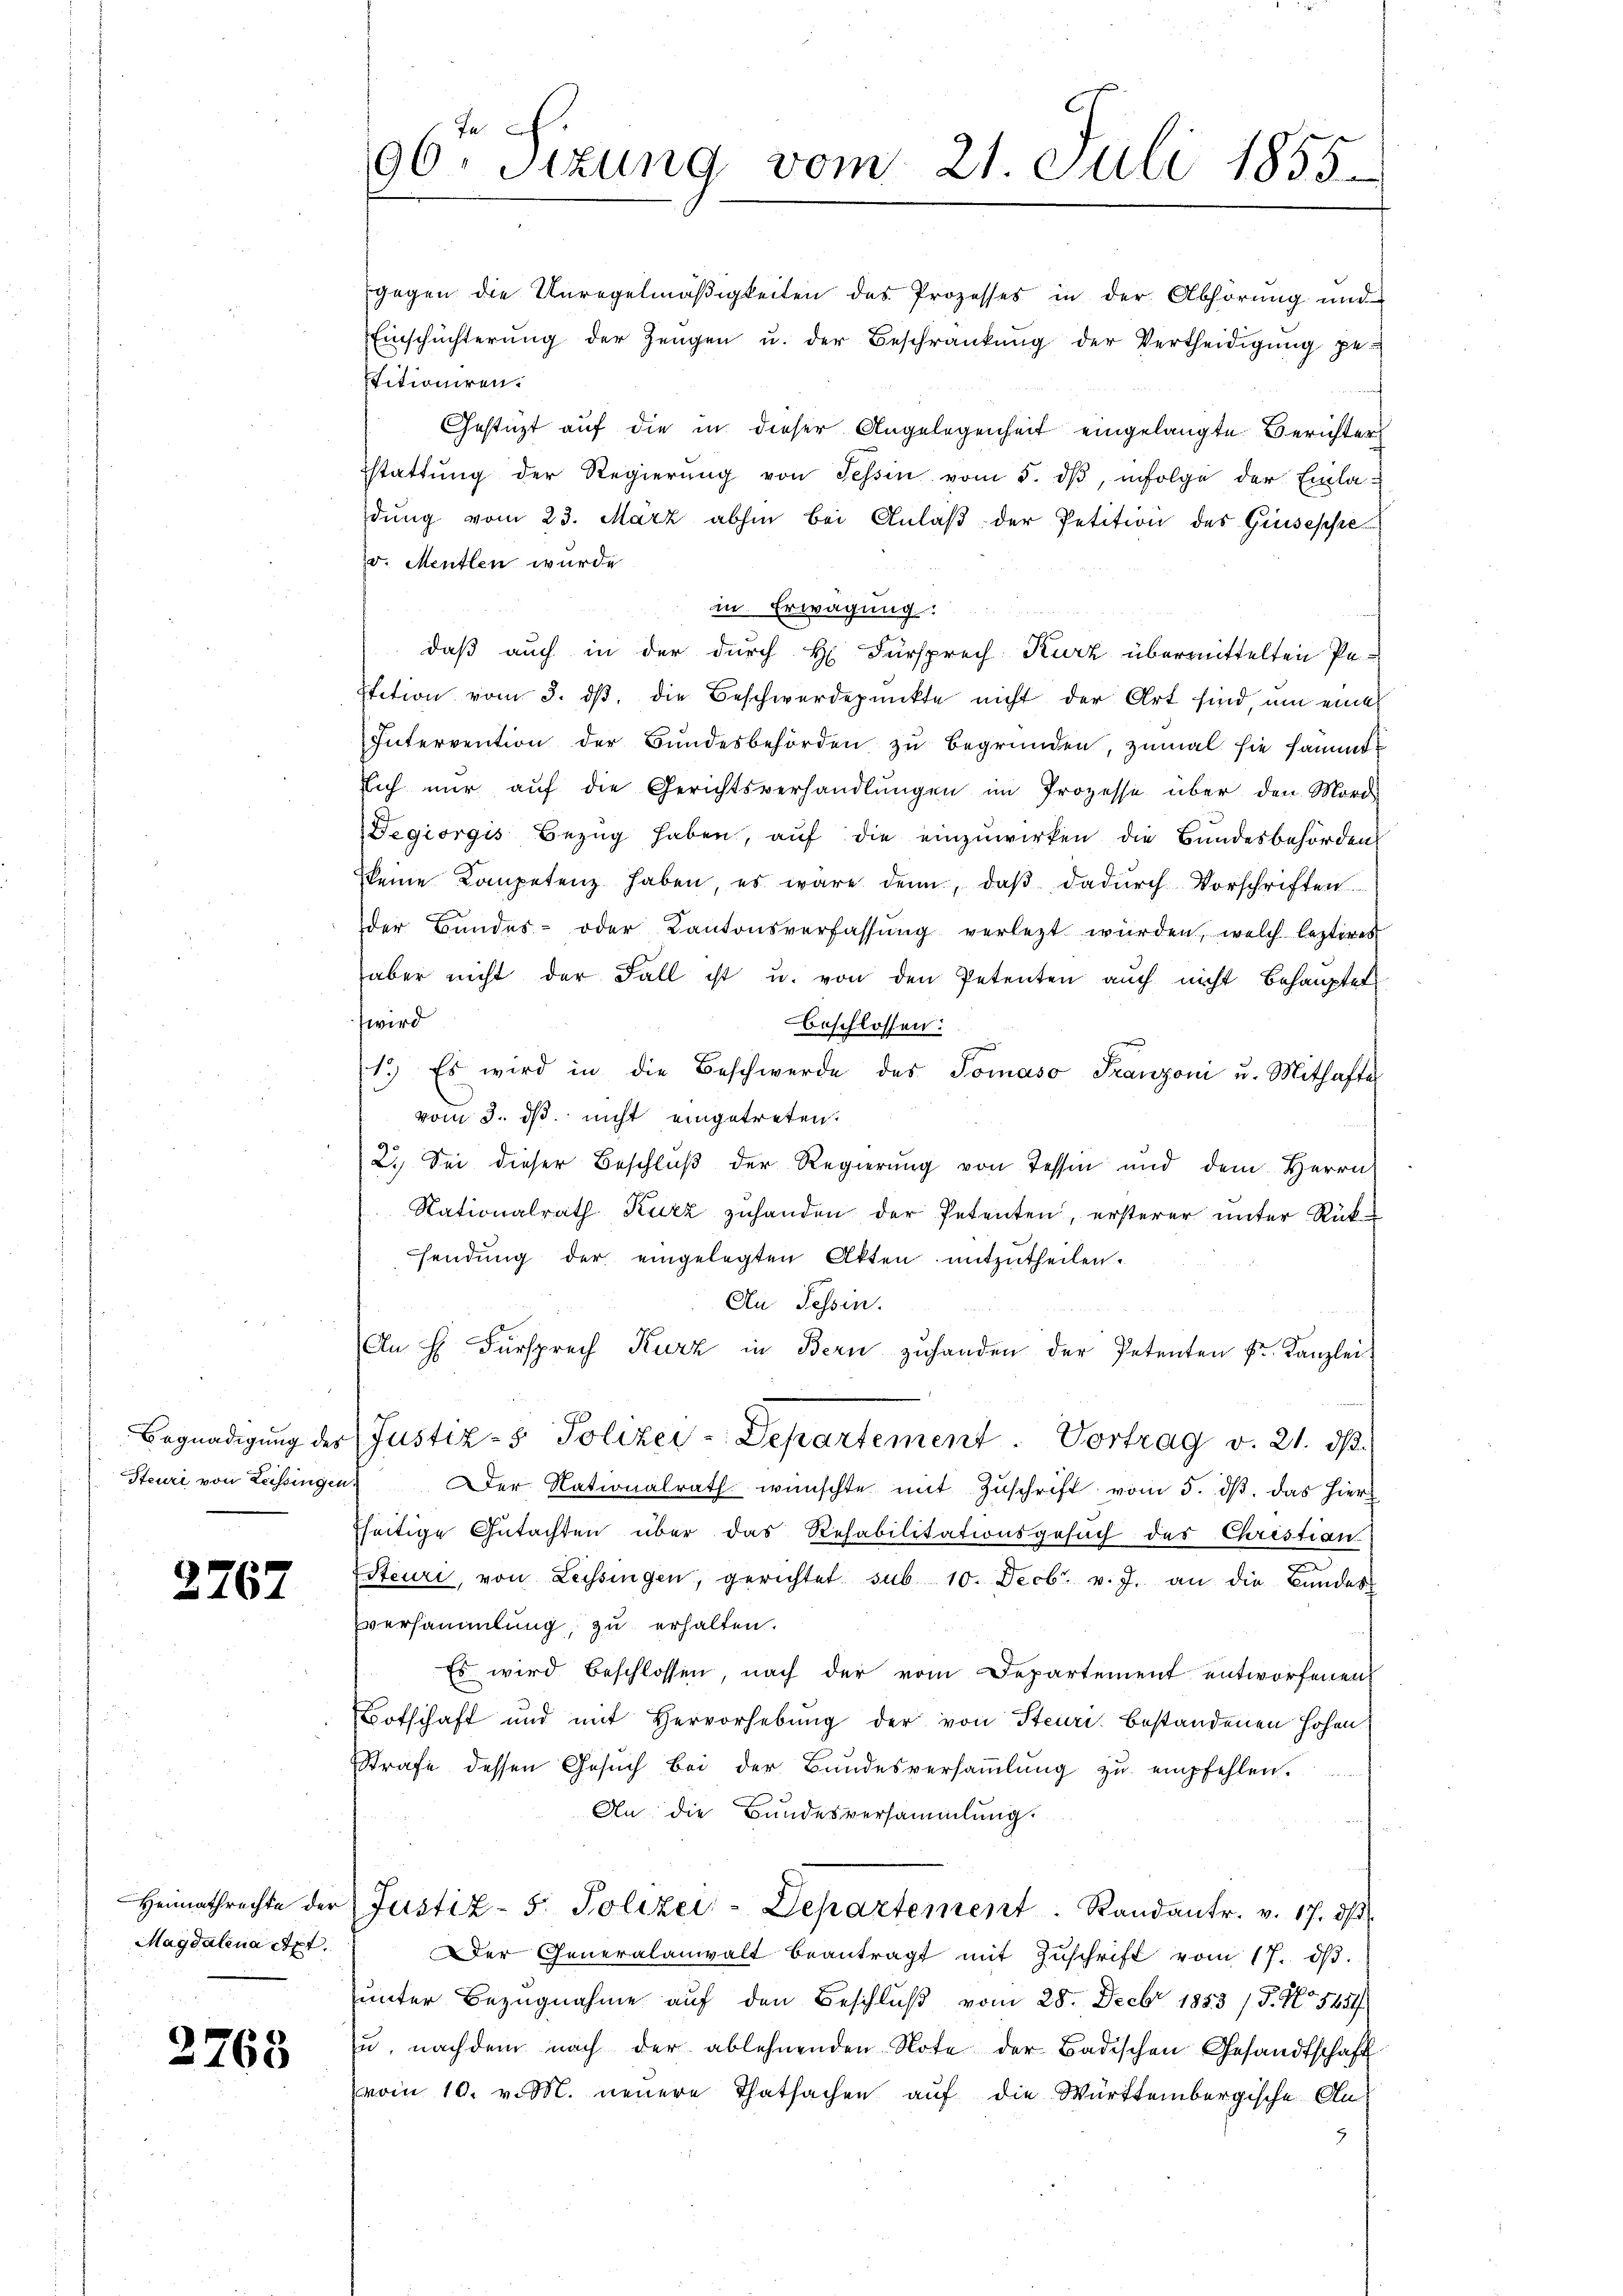
Steuri von Leissingen

2767

gegen die Unregelmäßigkeiten des Prozesses in der Abhörung und
Einschüchterŭng der Zeugen u. der Beschränkung der Vertheidigŭng ge-
stitioniren.
Gesticht auf die in dieser Angelegenheit eingelangte Berichter
stattŭng der Regierŭng von Tessin vom 5. dβ, infolge der Einla-
dung vom 23. März abhin bei Anlaβ der Petition des Giuseppe
v. Mentlen wurde
in Erwägung.
daß auch in der durch H. Fürsprech Kurz übermittelten Pa-
Etition vom 3. ds, die Beschwerdepunkte nicht der Art sind, um eine
Intervention der Bundesbehörden zu begründen, zumal sie sammt
lich nur auf die Gerichtsverhandlungen im Prozesse über den Morde
Degiorgis Bezug haben, auf die einzuwirken die Bundesbehörden
keine Kompetenz haben, es wäre denn, daβ dadŭrch Vorschriften
der Bundes- oder Kantonsverfassŭng verletzt würden, welch lezteres
aber nicht der Fall ist u. von den Petenten auch nicht behauptet
wird
beschlossen:
r
1.) Es wird in die Beschwerde des Tomaso Franzoni u. Mithafter
vom 3. ds nicht eingetreten.
2. Sei dieser Beschlŭβ der Regierung von Tessin und dem Herrn
Nationalrath Kurz zuhanden der Petenten, ersterer unter Rück-
sendung der eingelegten Akten mitzutheilen.
An Tessin.
An H. Fürsprech Kurz in Bern zuhanden der Petenten Fr. Kanzlei
Begnadigung des Justiz- & Polizei-Departement . Vortrag v. 21. ds.
Der Nationalrath wünschte mit Zŭschrift vom 5. dβ. das hierz
theitige Gutachten über das Rehabilitationsgesuch des Christian
e
Esteuri, von Leissingen, gerichtet sub. 10. Decbr. v. J. an die Bŭndes-
versammlung, zu erhalten.
Es wird beschlossen, nach der vom Departement entworfenen
Botschaft und mit Hervorhebung der von Steiri, bestandenen Hohen
Strafe dessen Gesuch bei der Bundesversammlung zu empfehlen.
An die Bundesversammlung.
Heimathrechte der Justiz- 5. Polizei-Departement. Randantr. v. 17. dβ.
Der Generalanwalt beantragt mit Zŭschrift vom 17. dβ.
unter Bezugnahme auf den Beschluß vom 28. Decbr 1883 / 5. No. 5451/
u. nachdem nach der ablehnenden Note der Badischen Gesandtschaft
vom 10. v. M. neuere Thatsachen auf die Württembergische An¬
9

Magdalena Art.

2768

Ja.
96. Sizung vom 21. Juli 1855